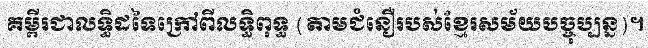
គម្ពីរជាលទ្ធិដទៃក្រៅពីលទ្ធិពុទ្ធ (តាមជំនឿរបស់ខ្មែរសម័យបច្ចុប្បន្ន)។